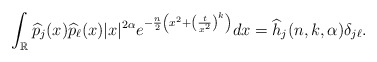
\begin{align*}\int_{\mathbb R}\widehat p_j(x)\widehat p_\ell(x)|x|^{2\alpha} e^{-\frac{n}{2}\left(x^2+\left(\frac{t}{x^2}\right)^k\right)}dx=\widehat h_j(n,k,\alpha)\delta_{j\ell}.\end{align*}